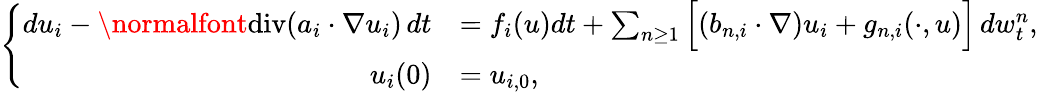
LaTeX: \left\{ \begin{array}{rl}{du_{i}-\normalfont{\mathrm{div}}(a_{i}\cdot\nabla u_{i})\, dt}&{=f_{i}(u)dt+\sum_{n\geq 1}\Big[(b_{n,i}\cdot\nabla)u_{i}+g_{n,i}(\cdot,u)\Big]\, dw_{t}^{n},}\\ {u_{i}(0)}&{=u_{i,0},}\end{array}\right.